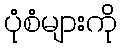
ပုံစံများကို